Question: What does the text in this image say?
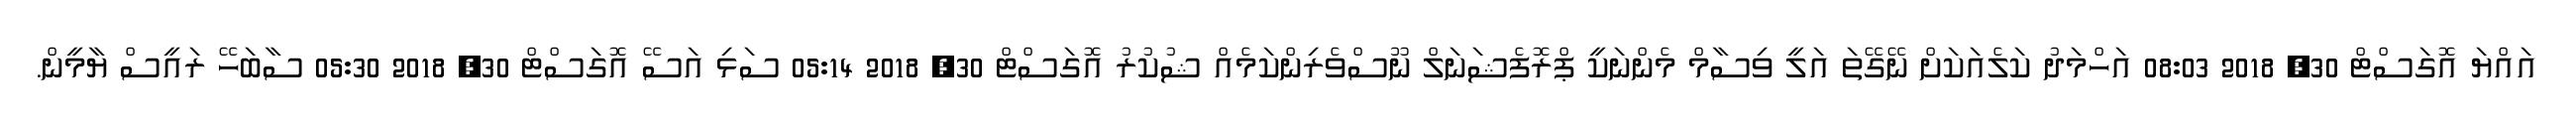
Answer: އައްޔަ އޮގަސްޓް 30, 2018 08:03 އަހްމަދު ކަލެއަކަށް ނޭގޭތަ އަލީ ވިސާމް މެންނަކީ ޕްރޮފެޝަނަލް ނޫސްވެރިންކަމެއް ޝުކުރު އޮގަސްޓް 30, 2018 05:14 ސަޅި އަސޭ އޮގަސްޓް 30, 2018 05:30 ސާބަހޭ ރައީސް ޔާމީން.